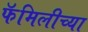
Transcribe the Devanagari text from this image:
फॅमिलीच्या